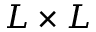
L \times L